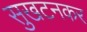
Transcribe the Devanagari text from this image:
सुखटनकर